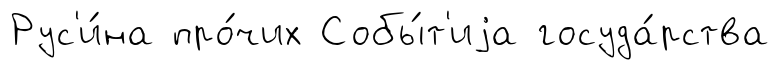
Рус'и́на про́чих Собы́т'иjа госуда́рства